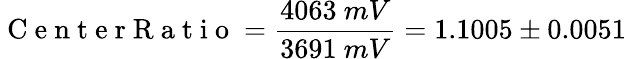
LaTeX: \mathrm{~C~e~n~t~e~r~R~a~t~i~o~}=\frac{4063~mV}{3691~mV}=1.1005\pm 0.0051